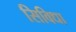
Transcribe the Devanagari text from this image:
सिविधा